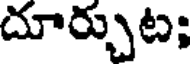
దూర్చుట;